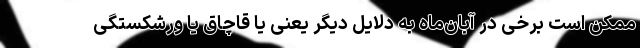
ممکن است برخی در آبان‌ماه به دلایل دیگر یعنی یا قاچاق یا ورشکستگی